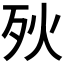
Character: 𣧛